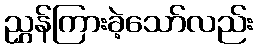
ညွှန်ကြားခဲ့သော်လည်း